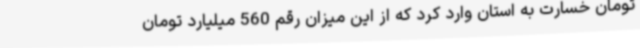
تومان خسارت به استان وارد کرد که از این میزان رقم 560 میلیارد تومان